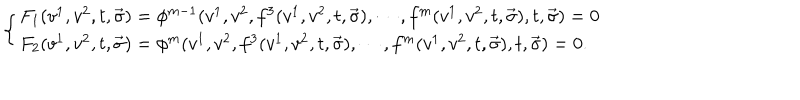
LaTeX: \left\{ \begin{array} { l } { { F _ { 1 } ( v ^ { 1 } , v ^ { 2 } , t , \vec { \sigma } ) = \phi ^ { m - 1 } ( v ^ { 1 } , v ^ { 2 } , f ^ { 3 } ( v ^ { 1 } , v ^ { 2 } , t , \vec { \sigma } ) , \cdots , f ^ { m } ( v ^ { 1 } , v ^ { 2 } , t , \vec { \sigma } ) , t , \vec { \sigma } ) = 0 } } \\ { { F _ { 2 } ( v ^ { 1 } , v ^ { 2 } , t , \vec { \sigma } ) = \phi ^ { m } ( v ^ { 1 } , v ^ { 2 } , f ^ { 3 } ( v ^ { 1 } , v ^ { 2 } , t , \vec { \sigma } ) , \cdots , f ^ { m } ( v ^ { 1 } , v ^ { 2 } , t , \vec { \sigma } ) , t , \vec { \sigma } ) = 0 . } } \\ \end{array} \right.